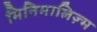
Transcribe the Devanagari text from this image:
मिनिमालिज़्म